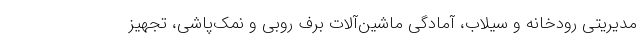
مدیریتی رودخانه و سیلاب، آمادگی ماشین‌آلات برف روبی و نمک‌پاشی، تجهیز